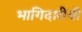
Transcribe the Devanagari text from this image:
भागिदारीची